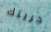
حريتك